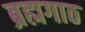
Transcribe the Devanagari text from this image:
ब्रह्मगाठ